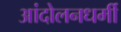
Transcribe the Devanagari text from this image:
आंदोलनधर्मी